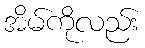
အိမ်ကိုလည်း